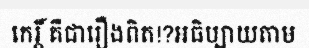
កេរ្តិ៍ គឺជារឿងពិត!?អធិប្បាយតាម